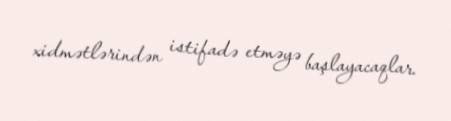
xidmətlərindən istifadə etməyə başlayacaqlar.